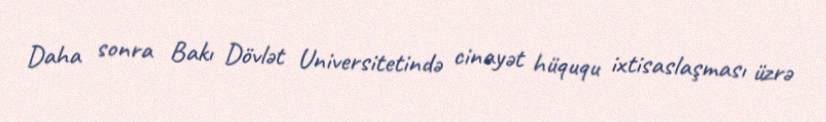
Daha sonra Bakı Dövlət Universitetində cinayət hüququ ixtisaslaşması üzrə